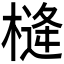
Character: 𪳖